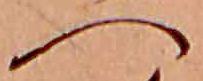
へ